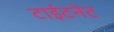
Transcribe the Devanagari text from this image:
टाईटनेट